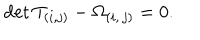
\mathrm { d e t } \, T _ { ( i , j ) } - \Omega _ { ( i , \, j ) } = 0 .